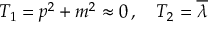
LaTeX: T _ { 1 } = p ^ { 2 } + m ^ { 2 } \approx 0 \, , \quad T _ { 2 } = \overline { { { \lambda } } }